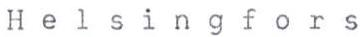
Helsingfors